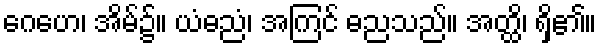
ဂေဟေ၊ အိမ်၌။ ယံဓညံ၊ အကြင် ဓညသည်။ အတ္ထိ၊ ရှိ၏။